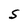
Character: S